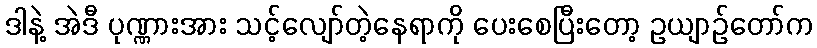
ဒါနဲ့ အဲဒီ ပုဏ္ဏားအား သင့်လျော်တဲ့နေရာကို ပေးစေပြီးတော့ ဥယျာဉ်တော်က